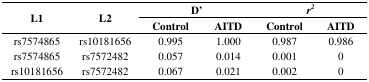
| <ROWSPAN=2> L1 | <ROWSPAN=2> L2 | <COLSPAN=2> D’ | <COLSPAN=2> r2 |
 | Control | AITD | Control | AITD |
 | --- | --- | --- | --- | --- | --- |
 | rs7574865 | rs10181656 | 0.995 | 1.000 | 0.987 | 0.986 |
 | rs7574865 | rs7572482 | 0.057 | 0.014 | 0.001 | 0 |
 | rs10181656 | rs7572482 | 0.067 | 0.021 | 0.002 | 0 |